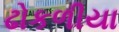
ઢોકળીયા